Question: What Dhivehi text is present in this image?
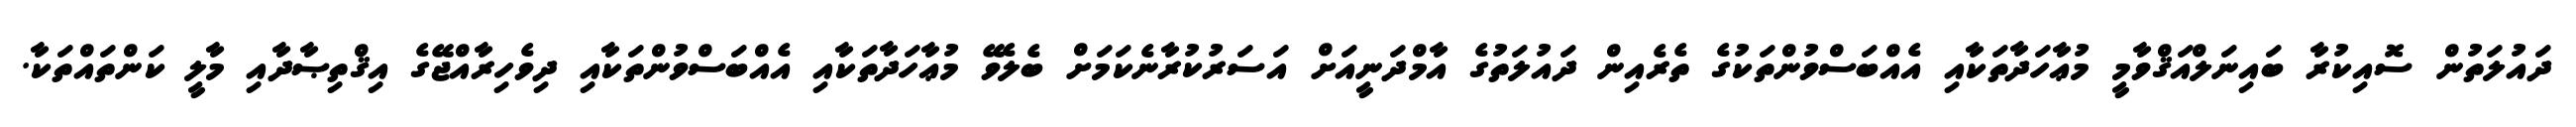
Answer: ދައުލަތުން ސޮއިކުރާ ބައިނަލްއަޤްވާމީ މުޢާހަދާތަކާއި އެއްބަސްވުންތަކުގެ ތެރެއިން ދައުލަތުގެ އާމްދަނީއަށް އަސަރުކުރާނެކަމަށް ބެލެވޭ މުޢާހަދާތަކާއި އެއްބަސްވުންތަކާއި ދިވެހިރާއްޖޭގެ އިޤްތިޞާދާއި މާލީ ކަންތައްތަކާ.